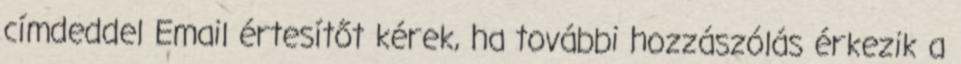
címdeddel Email értesítőt kérek, ha további hozzászólás érkezik a